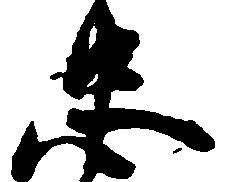
忠